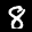
Label: 8